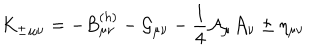
LaTeX: { K _ { \pm } } _ { \mu \nu } = - B _ { \mu \nu } ^ { ( h ) } - { \cal G } _ { \mu \nu } - { \frac { 1 } { 4 } } { \cal A } _ { \mu } { \cal A } _ { \nu } \pm \eta _ { \mu \nu }